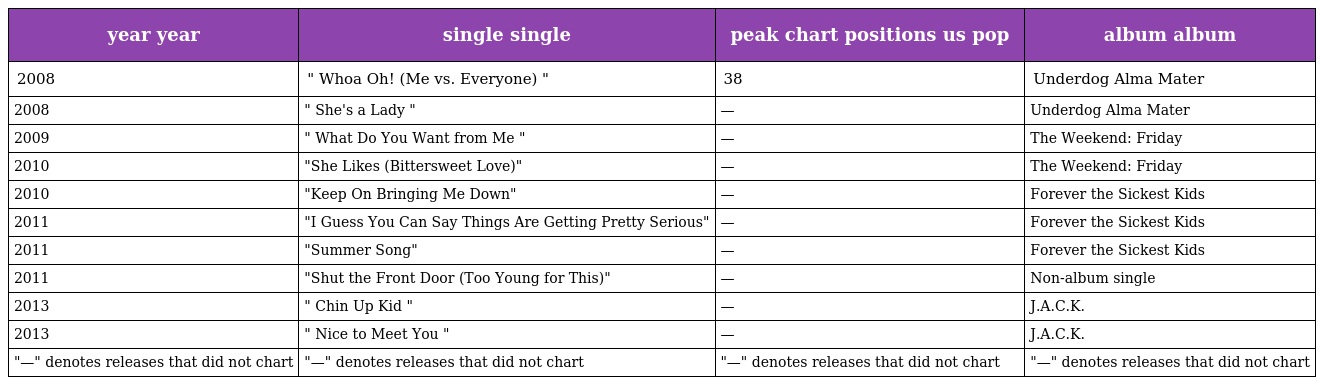
| year year | single single | peak chart positions us pop | album album |
 | --- | --- | --- | --- |
 | 2008 | " Whoa Oh! (Me vs. Everyone) " | 38 | Underdog Alma Mater |
 | 2008 | " She's a Lady " | — | Underdog Alma Mater |
 | 2009 | " What Do You Want from Me " | — | The Weekend: Friday |
 | 2010 | "She Likes (Bittersweet Love)" | — | The Weekend: Friday |
 | 2010 | "Keep On Bringing Me Down" | — | Forever the Sickest Kids |
 | 2011 | "I Guess You Can Say Things Are Getting Pretty Serious" | — | Forever the Sickest Kids |
 | 2011 | "Summer Song" | — | Forever the Sickest Kids |
 | 2011 | "Shut the Front Door (Too Young for This)" | — | Non-album single |
 | 2013 | " Chin Up Kid " | — | J.A.C.K. |
 | 2013 | " Nice to Meet You " | — | J.A.C.K. |
 | "—" denotes releases that did not chart | "—" denotes releases that did not chart | "—" denotes releases that did not chart | "—" denotes releases that did not chart |